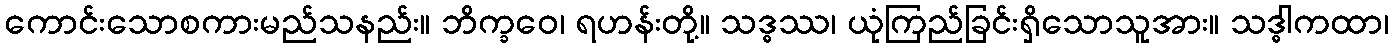
ကောင်းသောစကားမည်သနည်း။ ဘိက္ခဝေ၊ ရဟန်းတို့။ သဒ္ဓဿ၊ ယုံကြည်ခြင်းရှိသောသူအား။ သဒ္ဓါကထာ၊